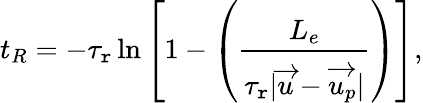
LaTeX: t_{R}=-\tau_{\mathtt{r}}\ln\left[1-\left(\frac{{L_{e}}}{{\tau_{\mathtt{r}}|\overrightarrow{{u}}-\overrightarrow{{u_{p}}}|}}\right)\right],